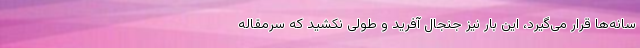
سانه‌ها قرار می‌گیرد، این بار نیز جنجال‌ آفرید و طولی نکشید که سرمقاله